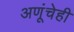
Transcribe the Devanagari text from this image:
अणूंचेही